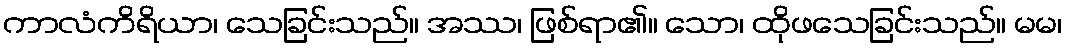
ကာလံကိရိယာ၊ သေခြင်းသည်။ အဿ၊ ဖြစ်ရာ၏။ သော၊ ထိုဖသေခြင်းသည်။ မမ၊